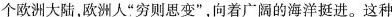
个欧洲大陆，欧洲人”穷则思变”，向着广阔的海洋挺进。这种